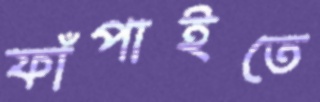
ফাঁপাইতে